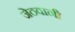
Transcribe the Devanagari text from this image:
जेठवानी